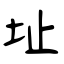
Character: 圵